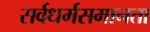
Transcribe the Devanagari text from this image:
सर्वधर्मसमानता